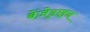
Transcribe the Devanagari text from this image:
बेंज़ेड्राइन